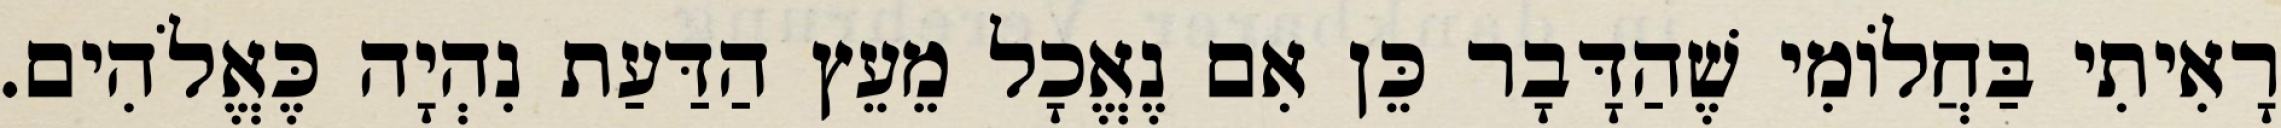
רָאִיתִי בַּחֲלוֹמִי שֶׁהַדָּבָר כֵּן אִם נֶאֱכָל מֵעֵץ הַדַּעַת נִהְיָה כֶּאֱלֹהִים.